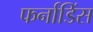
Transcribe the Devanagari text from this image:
फर्नाडिंस